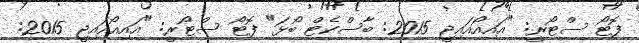
ފޮޓޯ ސްޓޯރީ: "އައިއޯއައިޖީ 2015: ބާސްކެޓް ބޯޅަ" ފޮޓޯ ސްޓޯރީ: "އައިއޯއައިޖީ 2015: